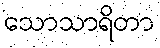
သောသာရိတာ